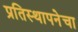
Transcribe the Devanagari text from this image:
प्रतिस्थापनेचा